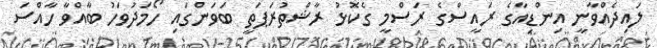
ލައިދެއްވާނީ އިންޑިއާގެ ރައީސްގެ ރަސްމީ ގެކޮޅު ރާޝްތުރަޕަތީ ބަވަންގައި ހޯމަދުވަހު ބާއްވާ ހާއްސަ